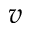
\boldsymbol { v }